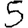
Digit: 5